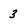
Character: 3